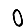
Digit: 0